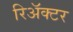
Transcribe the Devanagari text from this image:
रिअॅक्टर